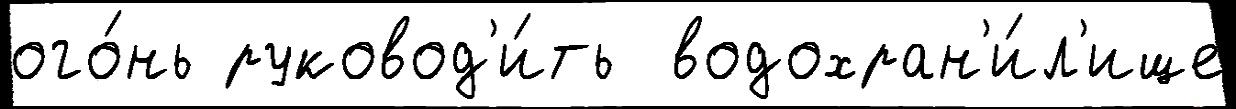
ого́нь руковод'и́ть  водохран'и́л'ище